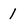
Character: 1